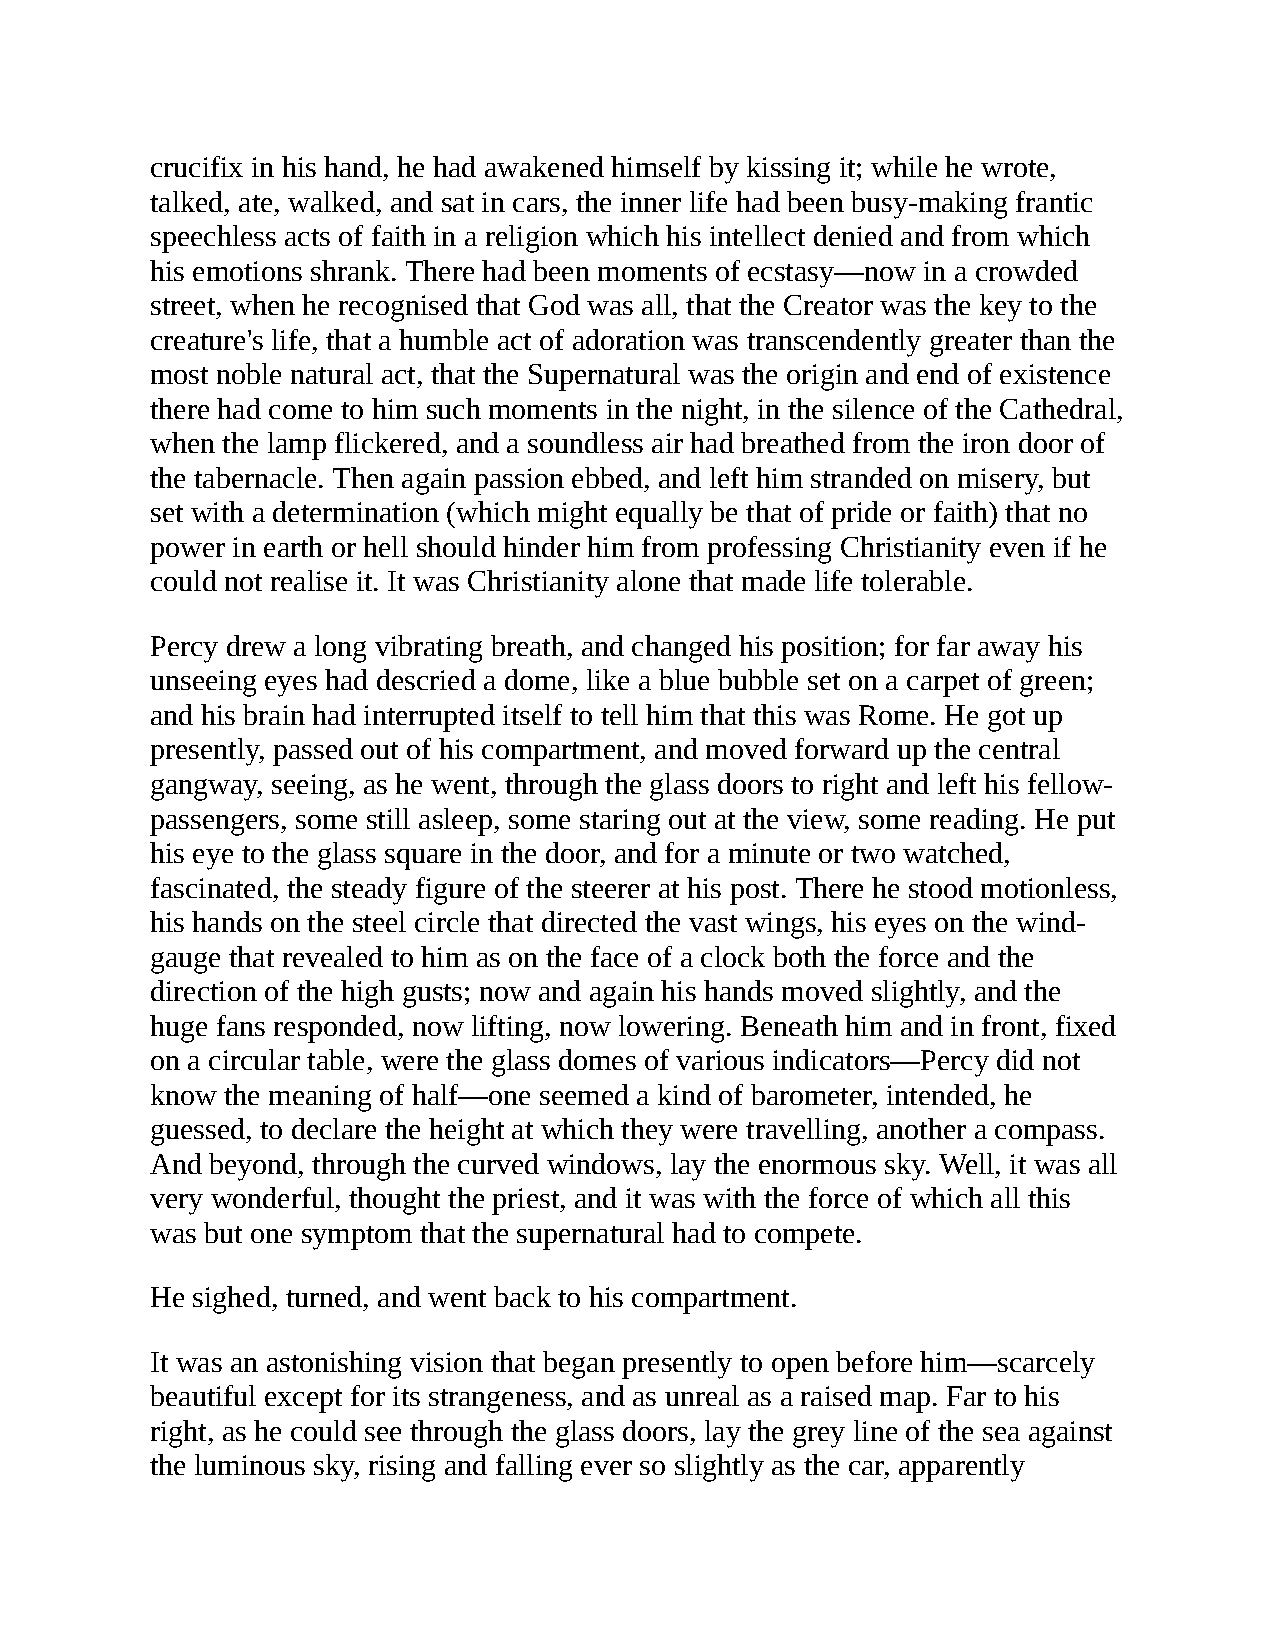
crucifix in his hand, he had awakened himself by kissing it; while he wrote,
 talked, ate, walked, and sat in cars, the inner life had been busy-making frantic
 speechless acts of faith in a religion which his intellect denied and from which
 his emotions shrank. There had been moments of ecstasy—now in a crowded
 street, when he recognised that God was all, that the Creator was the key to the
 creature's life, that a humble act of adoration was transcendently greater than the
 most noble natural act, that the Supernatural was the origin and end of existence
 there had come to him such moments in the night, in the silence of the Cathedral,
 when the lamp flickered, and a soundless air had breathed from the iron door of
 the tabernacle. Then again passion ebbed, and left him stranded on misery, but
 set with a determination (which might equally be that of pride or faith) that no
 power in earth or hell should hinder him from professing Christianity even if he
 could not realise it. It was Christianity alone that made life tolerable.
 Percy drew a long vibrating breath, and changed his position; for far away his
 unseeing eyes had descried a dome, like a blue bubble set on a carpet of green;
 and his brain had interrupted itself to tell him that this was Rome. He got up
 presently, passed out of his compartment, and moved forward up the central
 gangway, seeing, as he went, through the glass doors to right and left his fellow-
 passengers, some still asleep, some staring out at the view, some reading. He put
 his eye to the glass square in the door, and for a minute or two watched,
 fascinated, the steady figure of the steerer at his post. There he stood motionless,
 his hands on the steel circle that directed the vast wings, his eyes on the wind-
 gauge that revealed to him as on the face of a clock both the force and the
 direction of the high gusts; now and again his hands moved slightly, and the
 huge fans responded, now lifting, now lowering. Beneath him and in front, fixed
 on a circular table, were the glass domes of various indicators—Percy did not
 know the meaning of half—one seemed a kind of barometer, intended, he
 guessed, to declare the height at which they were travelling, another a compass.
 And beyond, through the curved windows, lay the enormous sky. Well, it was all
 very wonderful, thought the priest, and it was with the force of which all this
 was but one symptom that the supernatural had to compete.
 He sighed, turned, and went back to his compartment.
 It was an astonishing vision that began presently to open before him—scarcely
 beautiful except for its strangeness, and as unreal as a raised map. Far to his
 right, as he could see through the glass doors, lay the grey line of the sea against
 the luminous sky, rising and falling ever so slightly as the car, apparently